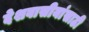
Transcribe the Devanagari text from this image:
देशवासीयांसाठी